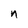
Character: n